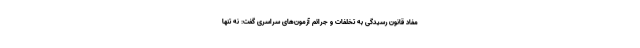
مفاد قانون رسیدگی به تخلفات و جرائم آزمون‌های سراسری گفت: نه تنها